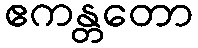
ဧကန္တတော